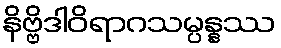
နိဗ္ဗိဒါဝိရာဂသမ္ပန္နဿ